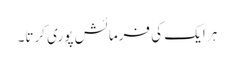
ہر ایک کی فرمائش پوری کرتا۔